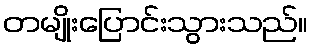
တမျိုးပြောင်းသွားသည်။